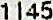
1145